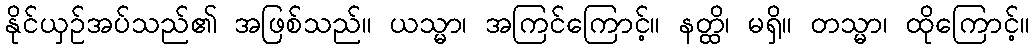
နိုင်ယှဉ်အပ်သည်၏ အဖြစ်သည်။ ယသ္မာ၊ အကြင်ကြောင့်။ နတ္ထိ၊ မရှိ။ တသ္မာ၊ ထိုကြောင့်။